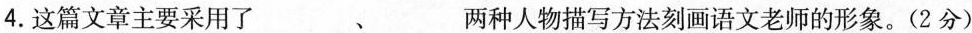
4.这篇文章主要采用了___、___两种人物描写方法刻画语文老师的形象。(2分)